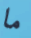
ما